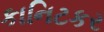
કાનિટકર